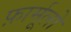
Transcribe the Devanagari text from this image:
फ़ार्मूलो